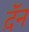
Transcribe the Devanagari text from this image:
द़ॅन